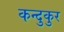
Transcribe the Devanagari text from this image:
कन्दुकुर